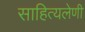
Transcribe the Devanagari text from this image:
साहित्यलेणी